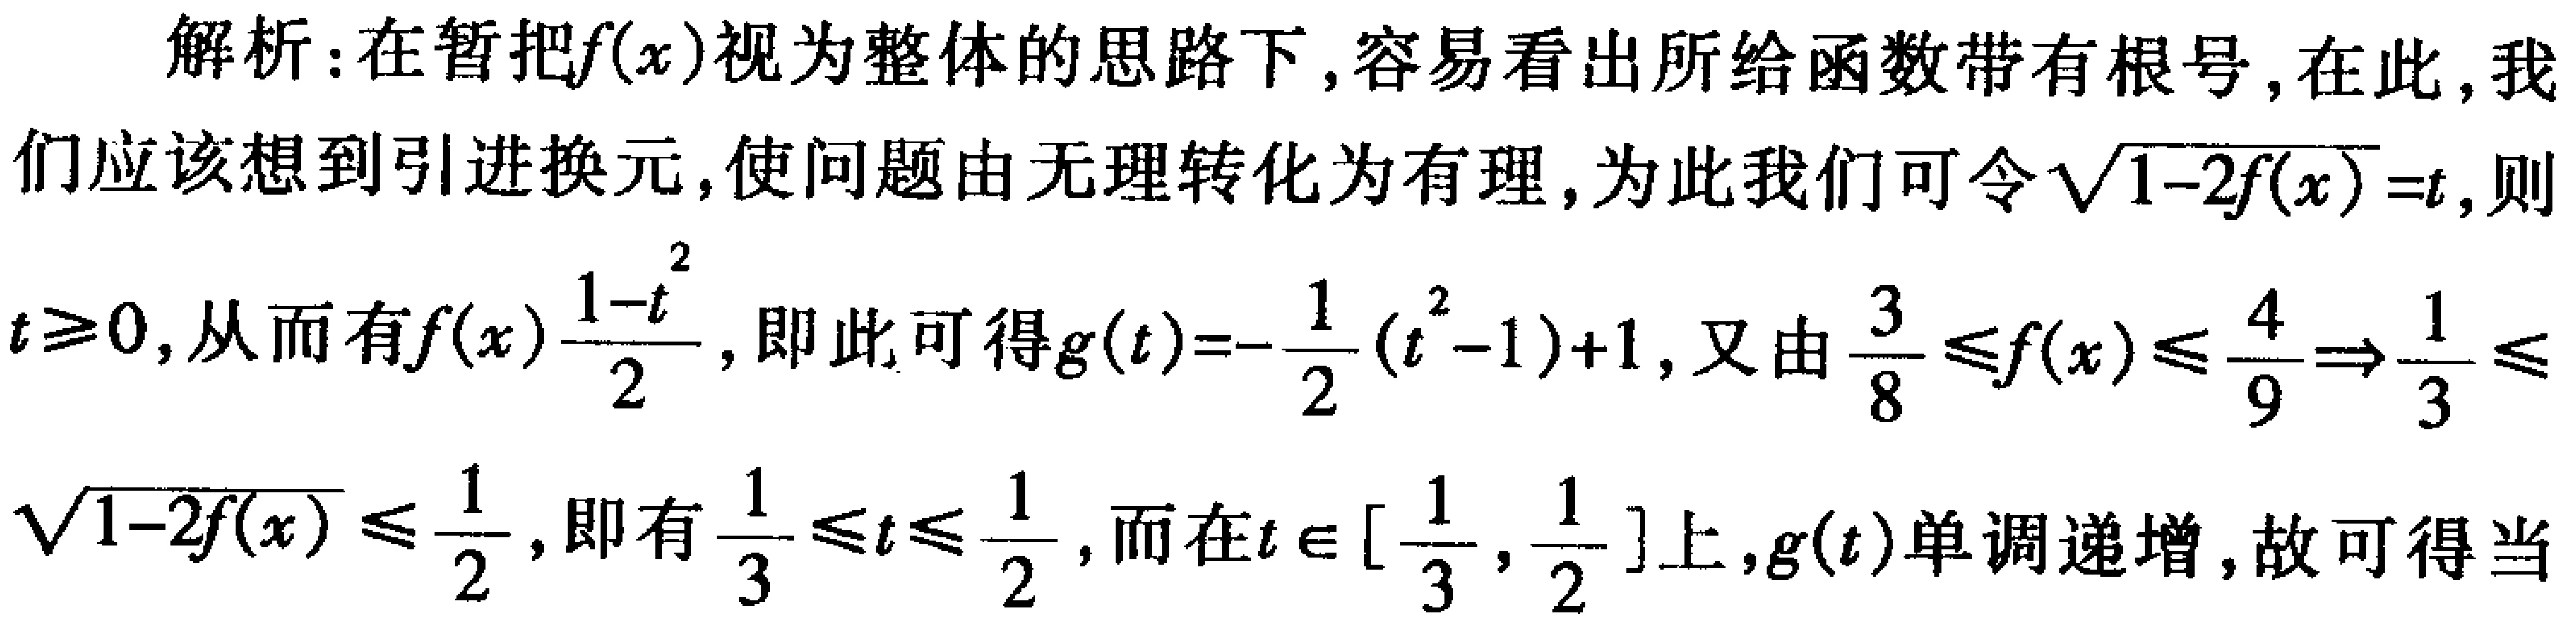
解析：在暂把\(f(x)\)视为整体的思路下,容易看出所给函数带有根号,在此,我们应该想到引进换元,使问题由无理转化为有理,为此我们可令\(\sqrt{1 - 2f(x)}=t\),则\(t\geq0\),从而有\(f(x)\frac{1 - t^{2}}{2}\),即此可得\(g(t)=-\frac{1}{2}(t^{2}-1)+1\),又由\(\frac{3}{8}\leq f(x)\leq\frac{4}{9}\Rightarrow\frac{1}{3}\leq\sqrt{1 - 2f(x)}\leq\frac{1}{2}\),即有\(\frac{1}{3}\leq t\leq\frac{1}{2}\),而在\(t\in[\frac{1}{3},\frac{1}{2}]\)上,\(g(t)\)单调递增,故可得当